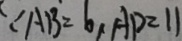
\because A B = 6 , A D = 1 1